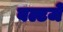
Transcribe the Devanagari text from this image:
बल्टजे